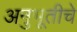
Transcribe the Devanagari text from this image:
अनुभूतीचे